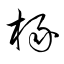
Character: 椽